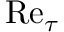
\ensuremath { \mathrm { R e } } _ { \tau }